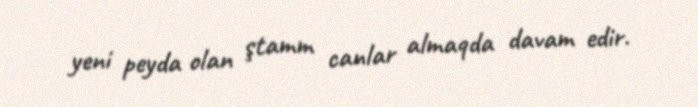
yeni peyda olan ştamm canlar almaqda davam edir.